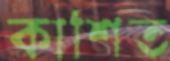
কাশিত